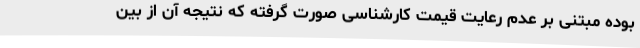
بوده مبتنی بر عدم رعایت قیمت کارشناسی صورت گرفته که نتیجه آن از بین